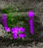
أيها